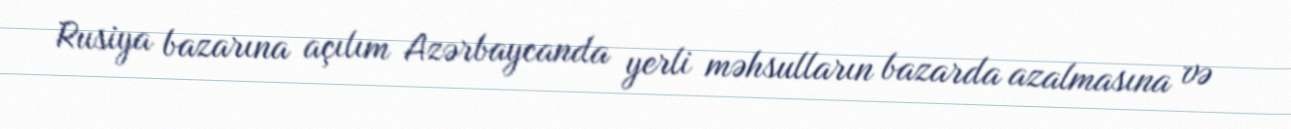
Rusiya bazarına açılım Azərbaycanda yerli məhsulların bazarda azalmasına və